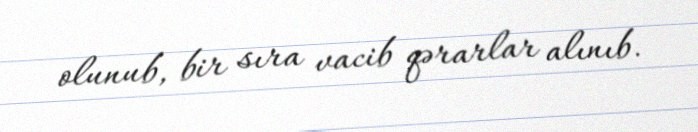
olunub, bir sıra vacib qərarlar alınıb.